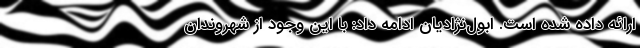
ارائه داده شده است. ابول‌نژادیان ادامه داد: با این وجود از شهروندان